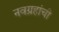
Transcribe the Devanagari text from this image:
नवग्रहांची